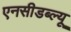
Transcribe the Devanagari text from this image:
एनसीडब्ल्यू